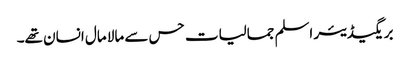
بریگیڈیئر اسلم جمالیات حس سے مالا مال انسان تھے۔